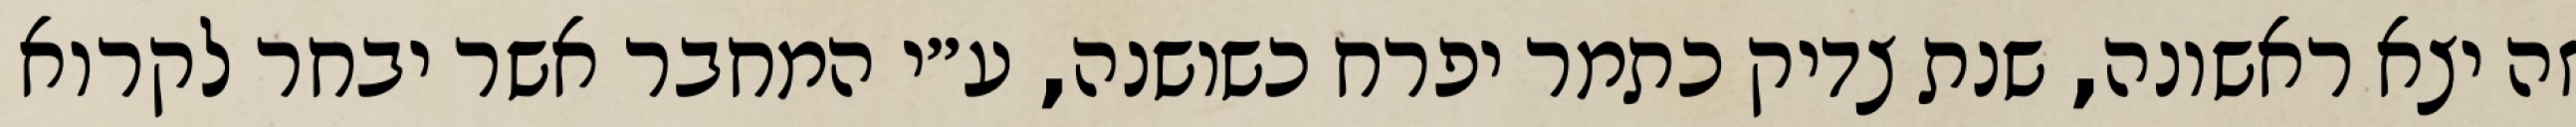
זה יצא ראשונה, שנת צדיק כתמר יפרח כשושנה, ע״י המחבר אשר יבחר לקרוא